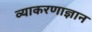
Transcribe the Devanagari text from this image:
व्याकरणाज्ञान